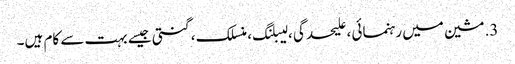
3. مشین میں رہنمائی ، علیحدگی ، لیبلنگ ، منسلک ، گنتی جیسے بہت سے کام ہیں۔